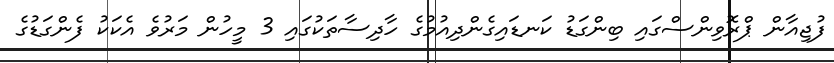
ފުޖިއާން ޕްރޮވިންސްގައި ބިންގަޑު ކަނޑައިގެންދިއުމުގެ ހާދިސާތަކުގައި 3 މީހުން މަރުވެ އެކަކު ފެންގަޑުގެ